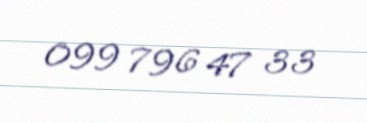
099 796 47 33